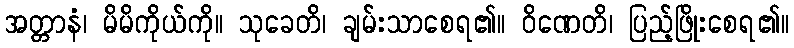
အတ္တာနံ၊ မိမိကိုယ်ကို။ သုခေတိ၊ ချမ်းသာစေရ၏။ ဝိဏေတိ၊ ပြည့်ဖြိုးစေရ၏။